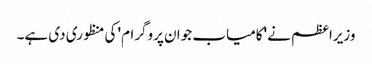
وزیراعظم نے 'کامیاب جوان پروگرام' کی منظوری دی ہے۔